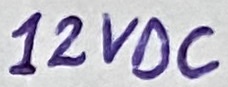
Text: 12VDC